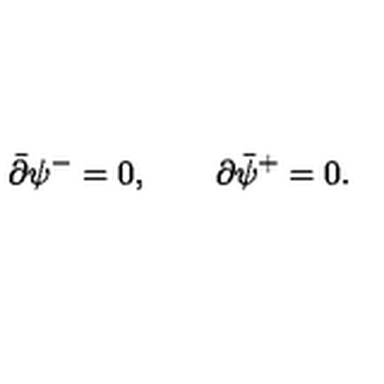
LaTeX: \bar { \partial } \psi ^ { - } = 0 , \qquad \partial \bar { \psi } ^ { + } = 0 .